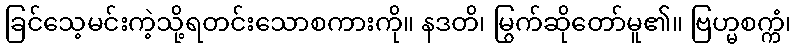
ခြင်သေ့မင်းကဲ့သို့ရတင်းသောစကားကို။ နဒတိ၊ မြွက်ဆိုတော်မူ၏။ ဗြဟ္မစက္ကံ၊